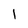
Character: l